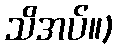
သိအပ်။)